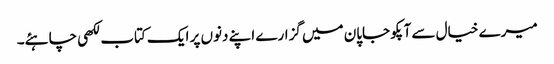
میرے خیال سے آپکو جاپان میں گزارے اپنے دنوں پر ایک کتاب لکھی چاہئے۔